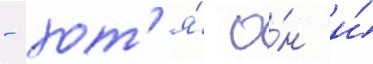
- хот'я́ о́н и́